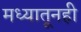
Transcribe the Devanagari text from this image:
मध्यातूनही